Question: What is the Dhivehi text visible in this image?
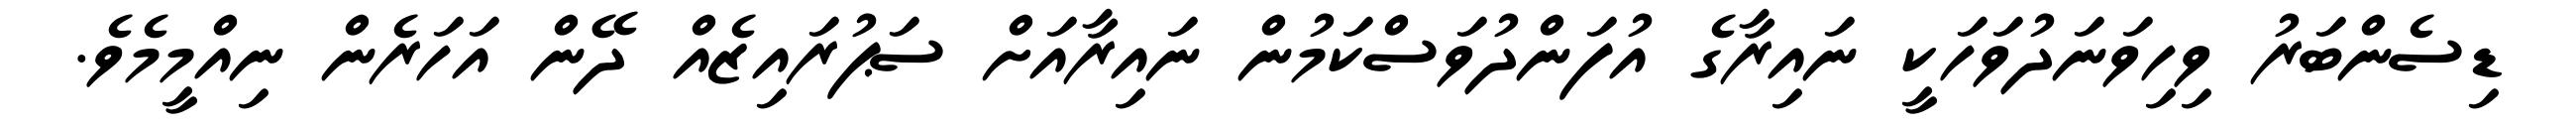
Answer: ޑިސެންބަރު ވިހިވަނަދުވަހަކީ ނައިރާގެ އުފަންދުވަސްކަމުން ނައިރާއަށް ސަޕުރައިޒެއް ދޭން އަހަރެން ނިއްމީމެވެ.